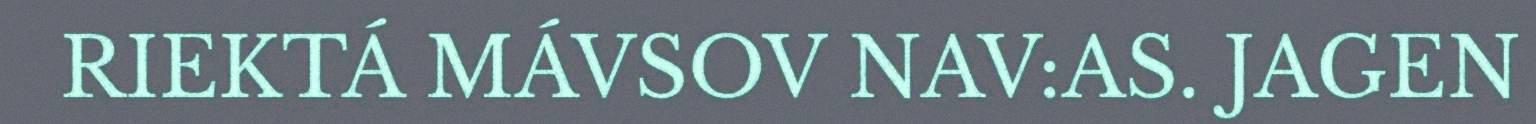
RIEKTÁ MÁVSOV NAV:AS. JAGEN